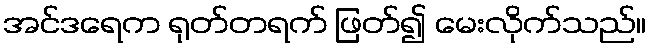
အင်ဒရေက ရုတ်တရက် ဖြတ်၍ မေးလိုက်သည်။